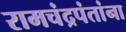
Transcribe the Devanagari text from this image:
रामचंद्रपंतांना